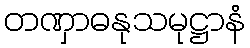
တဏှာဓနုသမုဋ္ဌာနံ